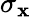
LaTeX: \sigma_{\mathbf{x}}